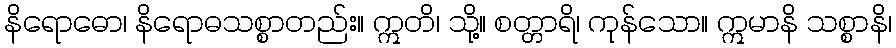
နိရောဓော၊ နိရောဓသစ္စာတည်း။ ဣတိ၊ သို့။ စတ္တာရိ၊ ကုန်သော။ ဣမာနိ သစ္စာနိ၊